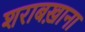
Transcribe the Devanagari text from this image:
शराबख़ाना